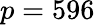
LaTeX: p=596